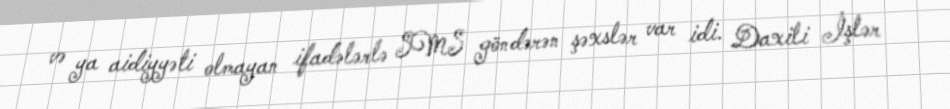
və ya aidiyyəti olmayan ifadələrlə SMS göndərən şəxslər var idi. Daxili İşlər